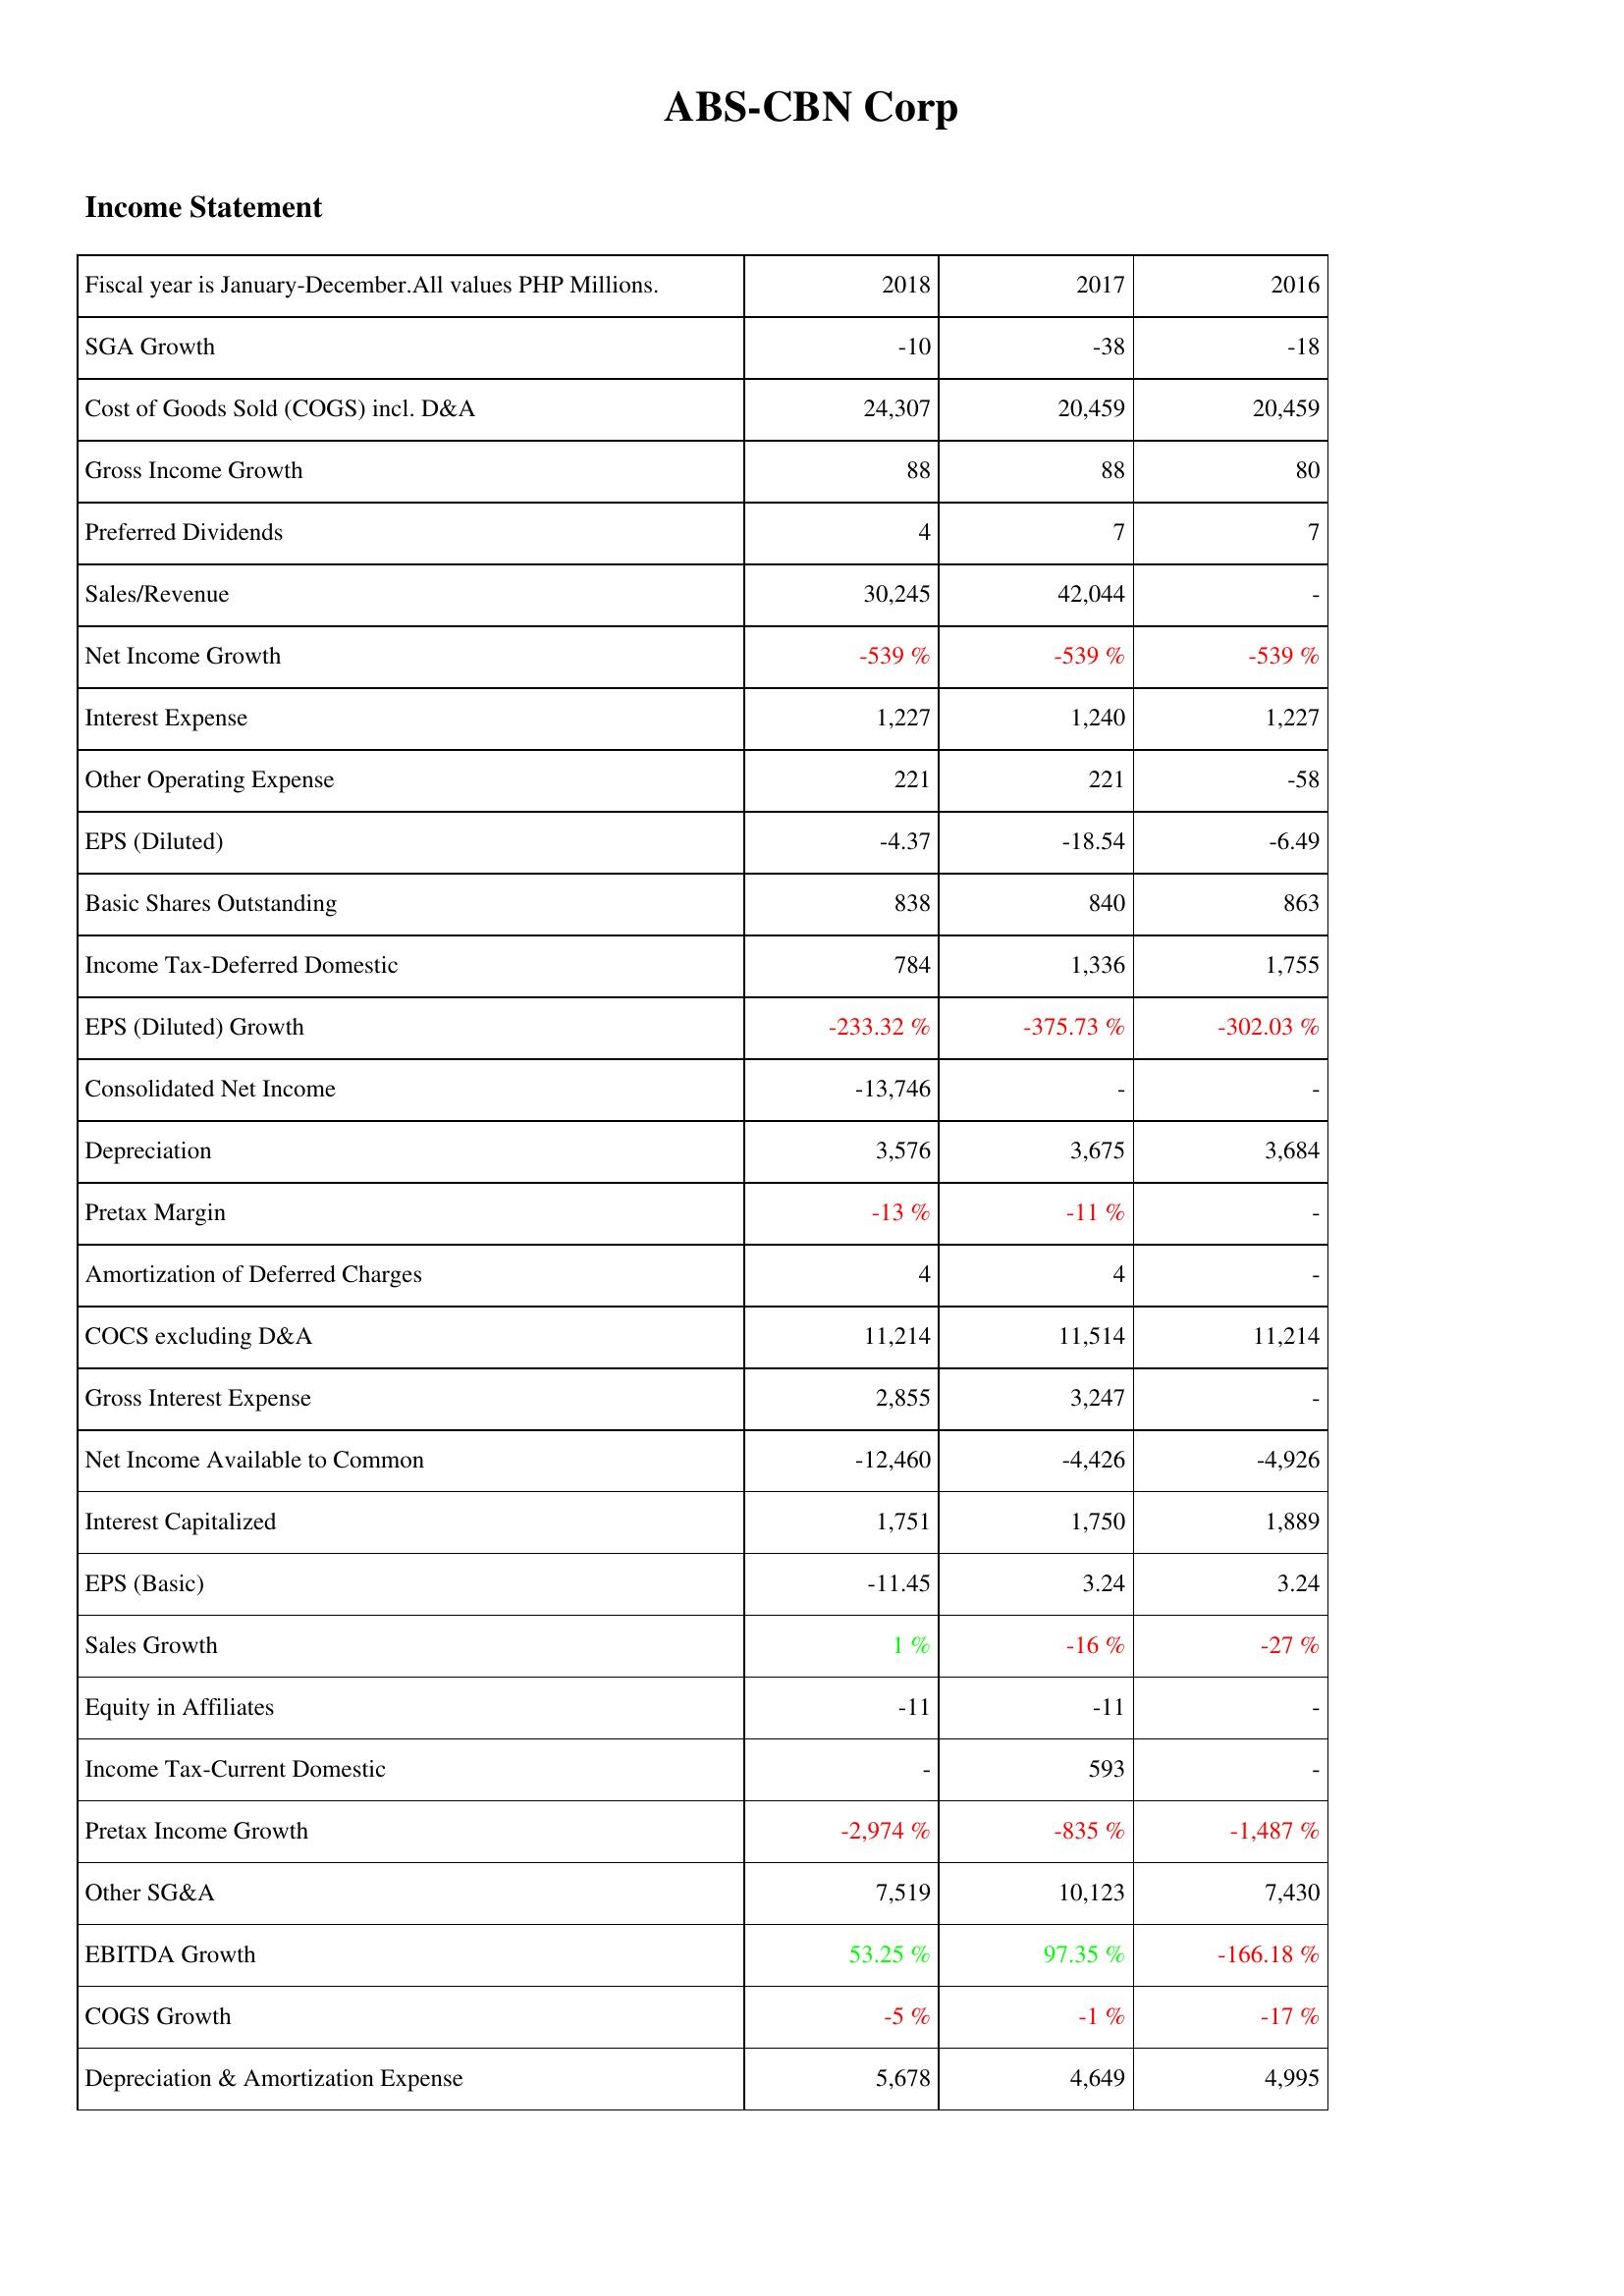
2018: Income Statement: SGA Growth: -10
Cost of Goods Sold (COGS) incl. D&A: 24,307
Gross Income Growth: 88
Preferred Dividends: 4
Sales/Revenue: 30,245
Net Income Growth: -539 %
Interest Expense: 1,227
Other Operating Expense: 221
EPS (Diluted): -4.37
Basic Shares Outstanding: 838
Income Tax-Deferred Domestic: 784
EPS (Diluted) Growth: -233.32 %
Consolidated Net Income: -13,746
Depreciation: 3,576
Pretax Margin: -13 %
Amortization of Deferred Charges: 4
COCS excluding D&A: 11,214
Gross Interest Expense: 2,855
Net Income Available to Common: -12,460
Interest Capitalized: 1,751
EPS (Basic): -11.45
Sales Growth: 1 %
Equity in Affiliates: -11
Income Tax-Current Domestic: -
Pretax Income Growth: -2,974 %
Other SG&A: 7,519
EBITDA Growth: 53.25 %
COGS Growth: -5 %
Depreciation & Amortization Expense: 5,678
2017: Income Statement: SGA Growth: -38
Cost of Goods Sold (COGS) incl. D&A: 20,459
Gross Income Growth: 88
Preferred Dividends: 7
Sales/Revenue: 42,044
Net Income Growth: -539 %
Interest Expense: 1,240
Other Operating Expense: 221
EPS (Diluted): -18.54
Basic Shares Outstanding: 840
Income Tax-Deferred Domestic: 1,336
EPS (Diluted) Growth: -375.73 %
Consolidated Net Income: -
Depreciation: 3,675
Pretax Margin: -11 %
Amortization of Deferred Charges: 4
COCS excluding D&A: 11,514
Gross Interest Expense: 3,247
Net Income Available to Common: -4,426
Interest Capitalized: 1,750
EPS (Basic): 3.24
Sales Growth: -16 %
Equity in Affiliates: -11
Income Tax-Current Domestic: 593
Pretax Income Growth: -835 %
Other SG&A: 10,123
EBITDA Growth: 97.35 %
COGS Growth: -1 %
Depreciation & Amortization Expense: 4,649
2016: Income Statement: SGA Growth: -18
Cost of Goods Sold (COGS) incl. D&A: 20,459
Gross Income Growth: 80
Preferred Dividends: 7
Sales/Revenue: -
Net Income Growth: -539 %
Interest Expense: 1,227
Other Operating Expense: -58
EPS (Diluted): -6.49
Basic Shares Outstanding: 863
Income Tax-Deferred Domestic: 1,755
EPS (Diluted) Growth: -302.03 %
Consolidated Net Income: -
Depreciation: 3,684
Pretax Margin: -
Amortization of Deferred Charges: -
COCS excluding D&A: 11,214
Gross Interest Expense: -
Net Income Available to Common: -4,926
Interest Capitalized: 1,889
EPS (Basic): 3.24
Sales Growth: -27 %
Equity in Affiliates: -
Income Tax-Current Domestic: -
Pretax Income Growth: -1,487 %
Other SG&A: 7,430
EBITDA Growth: -166.18 %
COGS Growth: -17 %
Depreciation & Amortization Expense: 4,995